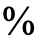
%